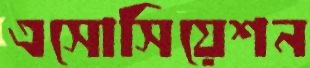
এসোসিয়েশন